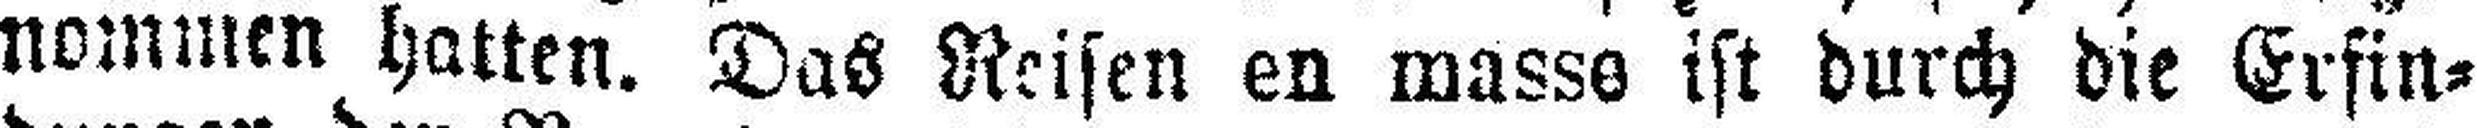
nommen hatten. Das Reisen en masse ist durch die Erfin¬